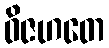
ဝိဇဟတေ